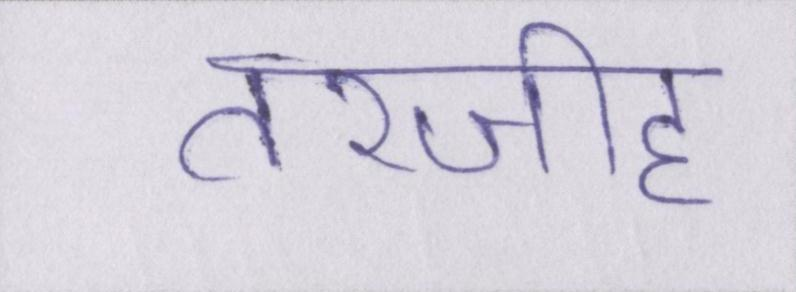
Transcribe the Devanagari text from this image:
तरजीह